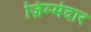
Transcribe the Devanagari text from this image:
ज़िम्‍मेदार